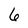
Character: 6